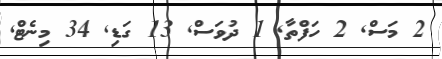
2 މަސް